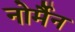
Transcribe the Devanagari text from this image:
नोर्मैन